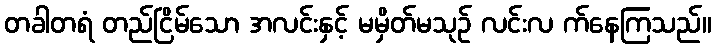
တခါတရံ တည်ငြိမ်သော အလင်းနှင့် မမှိတ်မသုဉ် လင်းလ က်နေကြသည်။